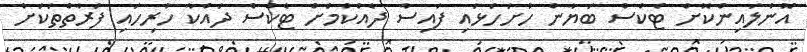
އޮންލައިންކޮށް ޓެކްސް ބަޔާން ހުށަހަޅައި ފައިސާ ދެއްކުމަށް ޓެކްސް ދައްކާ ހުރިހައި ފަރާތްތަކަށް